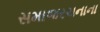
સમાજરચનાના